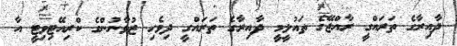
ދާއިރާގެ ތަރައްގީ ރާއްޖޭގެ ތައުލީމީ ދާއިރާގެ ތަރައްގީ ދިވެހި ޒުވާނުންގެ ކްރިއޭޓިވިޓީ އާ